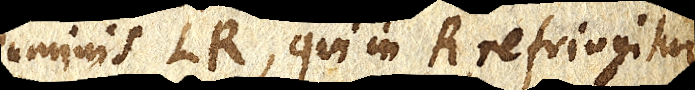
luminis LR, qui in R refringitur